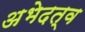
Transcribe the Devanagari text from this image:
अभेदत्व